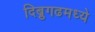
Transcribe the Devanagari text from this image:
दिब्रुगढमध्ये